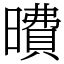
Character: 曊